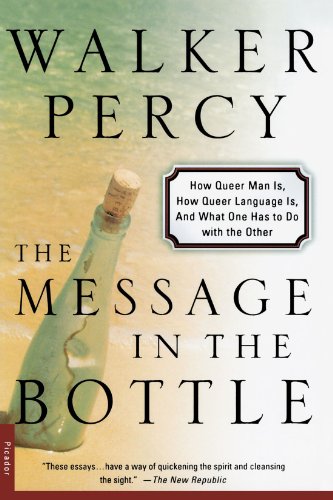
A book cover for The Message in the Bottle: How Queer Man Is, How Queer Language Is, and What One Has to Do with the Other; Walker Percy; Gay & Lesbian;